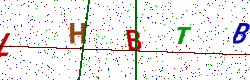
Text: LHBTB